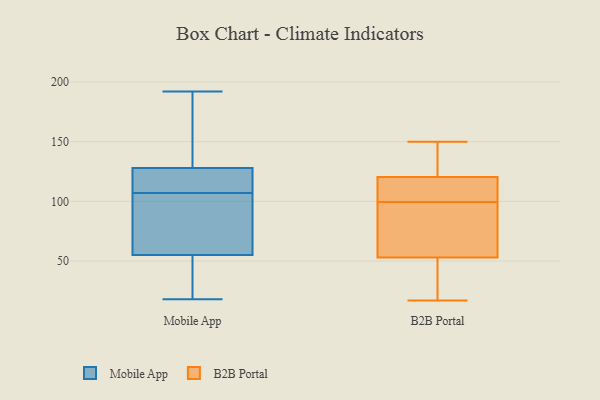
{"axis": {"x": "Conversion Rate (%)", "y": "Value"}, "legend": ["B2B Portal", "Mobile App"], "data": [{"x": "", "y": 116, "type": "Mobile App"}, {"x": "", "y": 53, "type": "Mobile App"}, {"x": "", "y": 61, "type": "Mobile App"}, {"x": "", "y": 18, "type": "Mobile App"}, {"x": "", "y": 86, "type": "Mobile App"}, {"x": "", "y": 129, "type": "Mobile App"}, {"x": "", "y": 187, "type": "Mobile App"}, {"x": "", "y": 52, "type": "Mobile App"}, {"x": "", "y": 115, "type": "Mobile App"}, {"x": "", "y": 161, "type": "Mobile App"}, {"x": "", "y": 125, "type": "Mobile App"}, {"x": "", "y": 18, "type": "Mobile App"}, {"x": "", "y": 107, "type": "Mobile App"}, {"x": "", "y": 192, "type": "Mobile App"}, {"x": "", "y": 105, "type": "Mobile App"}, {"x": "", "y": 71, "type": "B2B Portal"}, {"x": "", "y": 54, "type": "B2B Portal"}, {"x": "", "y": 18, "type": "B2B Portal"}, {"x": "", "y": 58, "type": "B2B Portal"}, {"x": "", "y": 122, "type": "B2B Portal"}, {"x": "", "y": 120, "type": "B2B Portal"}, {"x": "", "y": 52, "type": "B2B Portal"}, {"x": "", "y": 88, "type": "B2B Portal"}, {"x": "", "y": 121, "type": "B2B Portal"}, {"x": "", "y": 42, "type": "B2B Portal"}, {"x": "", "y": 150, "type": "B2B Portal"}, {"x": "", "y": 115, "type": "B2B Portal"}, {"x": "", "y": 112, "type": "B2B Portal"}, {"x": "", "y": 17, "type": "B2B Portal"}, {"x": "", "y": 111, "type": "B2B Portal"}, {"x": "", "y": 150, "type": "B2B Portal"}]}